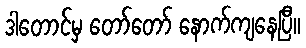
ဒါတောင်မှ တော်တော် နောက်ကျနေပြီ။